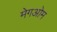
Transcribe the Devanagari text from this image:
मेगओम